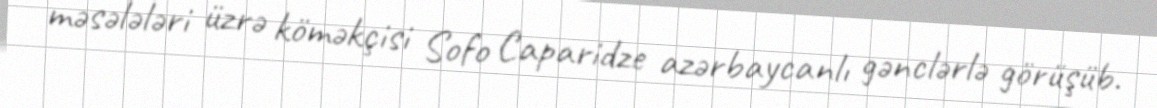
məsələləri üzrə köməkçisi Sofo Caparidze azərbaycanlı gənclərlə görüşüb.